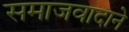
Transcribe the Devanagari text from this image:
समाजवादाने